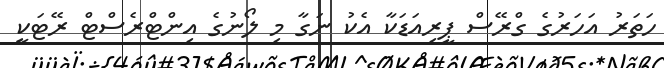
ހަތަރު އަހަރުގެ ގްރޭސް ޕީރިއަޑަކާ އެކު ނަގާ މި ލޯނުގެ އިންޓްރެސްޓް ރޭޓަކީ